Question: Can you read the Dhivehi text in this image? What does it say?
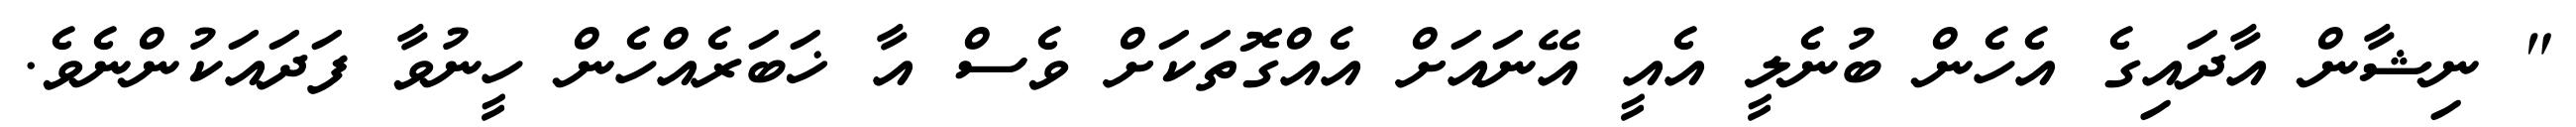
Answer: " ނިޝާން އާދައިގެ އެހެން ބުނެލީ އެއީ އޭނައަށް އެއްގޮތަކަށް ވެސް އާ ޚަބަރެއްހެން ހީނުވާ ފަދައަކުންނެވެ.